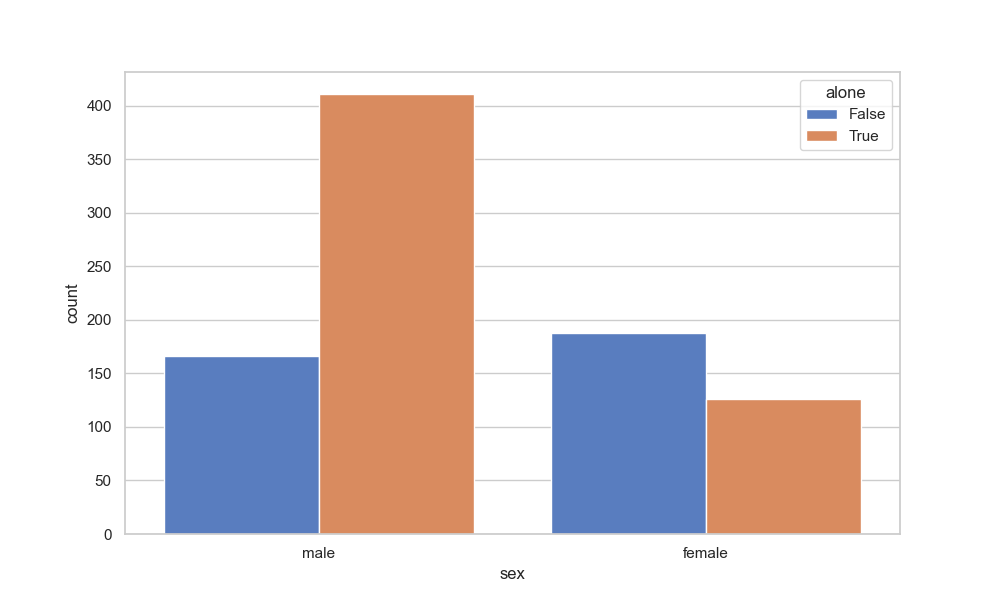
python, seaborn, countplot, x='sex', palette='muted', hue='alone'